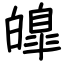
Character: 皥